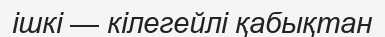
ішкі — кілегейлі қабықтан